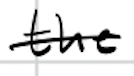
Text: the
Cross-out: single-line
Writing tool: digital_black